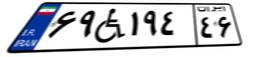
۶۹W۱۹۴۴۶